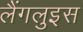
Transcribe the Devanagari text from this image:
लैंगलुइस